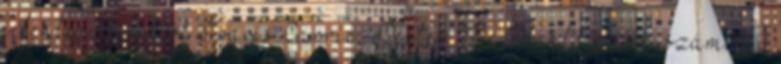
jelenlegi keretből Travis Carrie, Dexter McDonald páros számít a